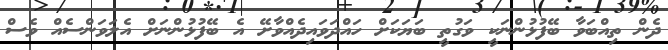
ދެން ތިއްބަވާ ބޭފުޅުންނަކީ ވަގުތީ ބަޔަކަށް ހައްދަވައިދެއްވާށޭ އެ ބޭފުޅުންނަށް އެލަވަންސެއް ވެސް